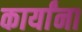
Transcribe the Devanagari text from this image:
कार्यांना